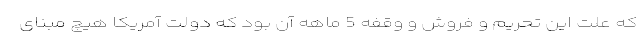
که علت این تحریم و فروش و وقفه 5 ماهه آن بود که دولت آمریکا هیچ مبنای